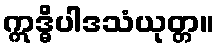
ဣဒ္ဓိပါဒသံယုတ္တ။